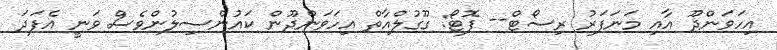
އިހަވަންދޫ އާއި މަނަފަރު ރިސޯޓް-- ފޮޓޯ: ގޫގުލްއާތް އިހަވަންދޫން ކައުންސިލުންވެސް ވަނީ އެފަދަ